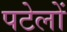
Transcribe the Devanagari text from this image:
पटेलों